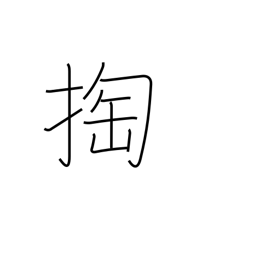
Meaning: pickpocket